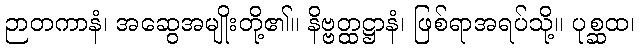
ဉာတကာနံ၊ အဆွေအမျိုးတို့၏။ နိဗ္ဗတ္ထဋ္ဌာနံ၊ ဖြစ်ရာအရပ်သို့။ ပုစ္ဆထ၊